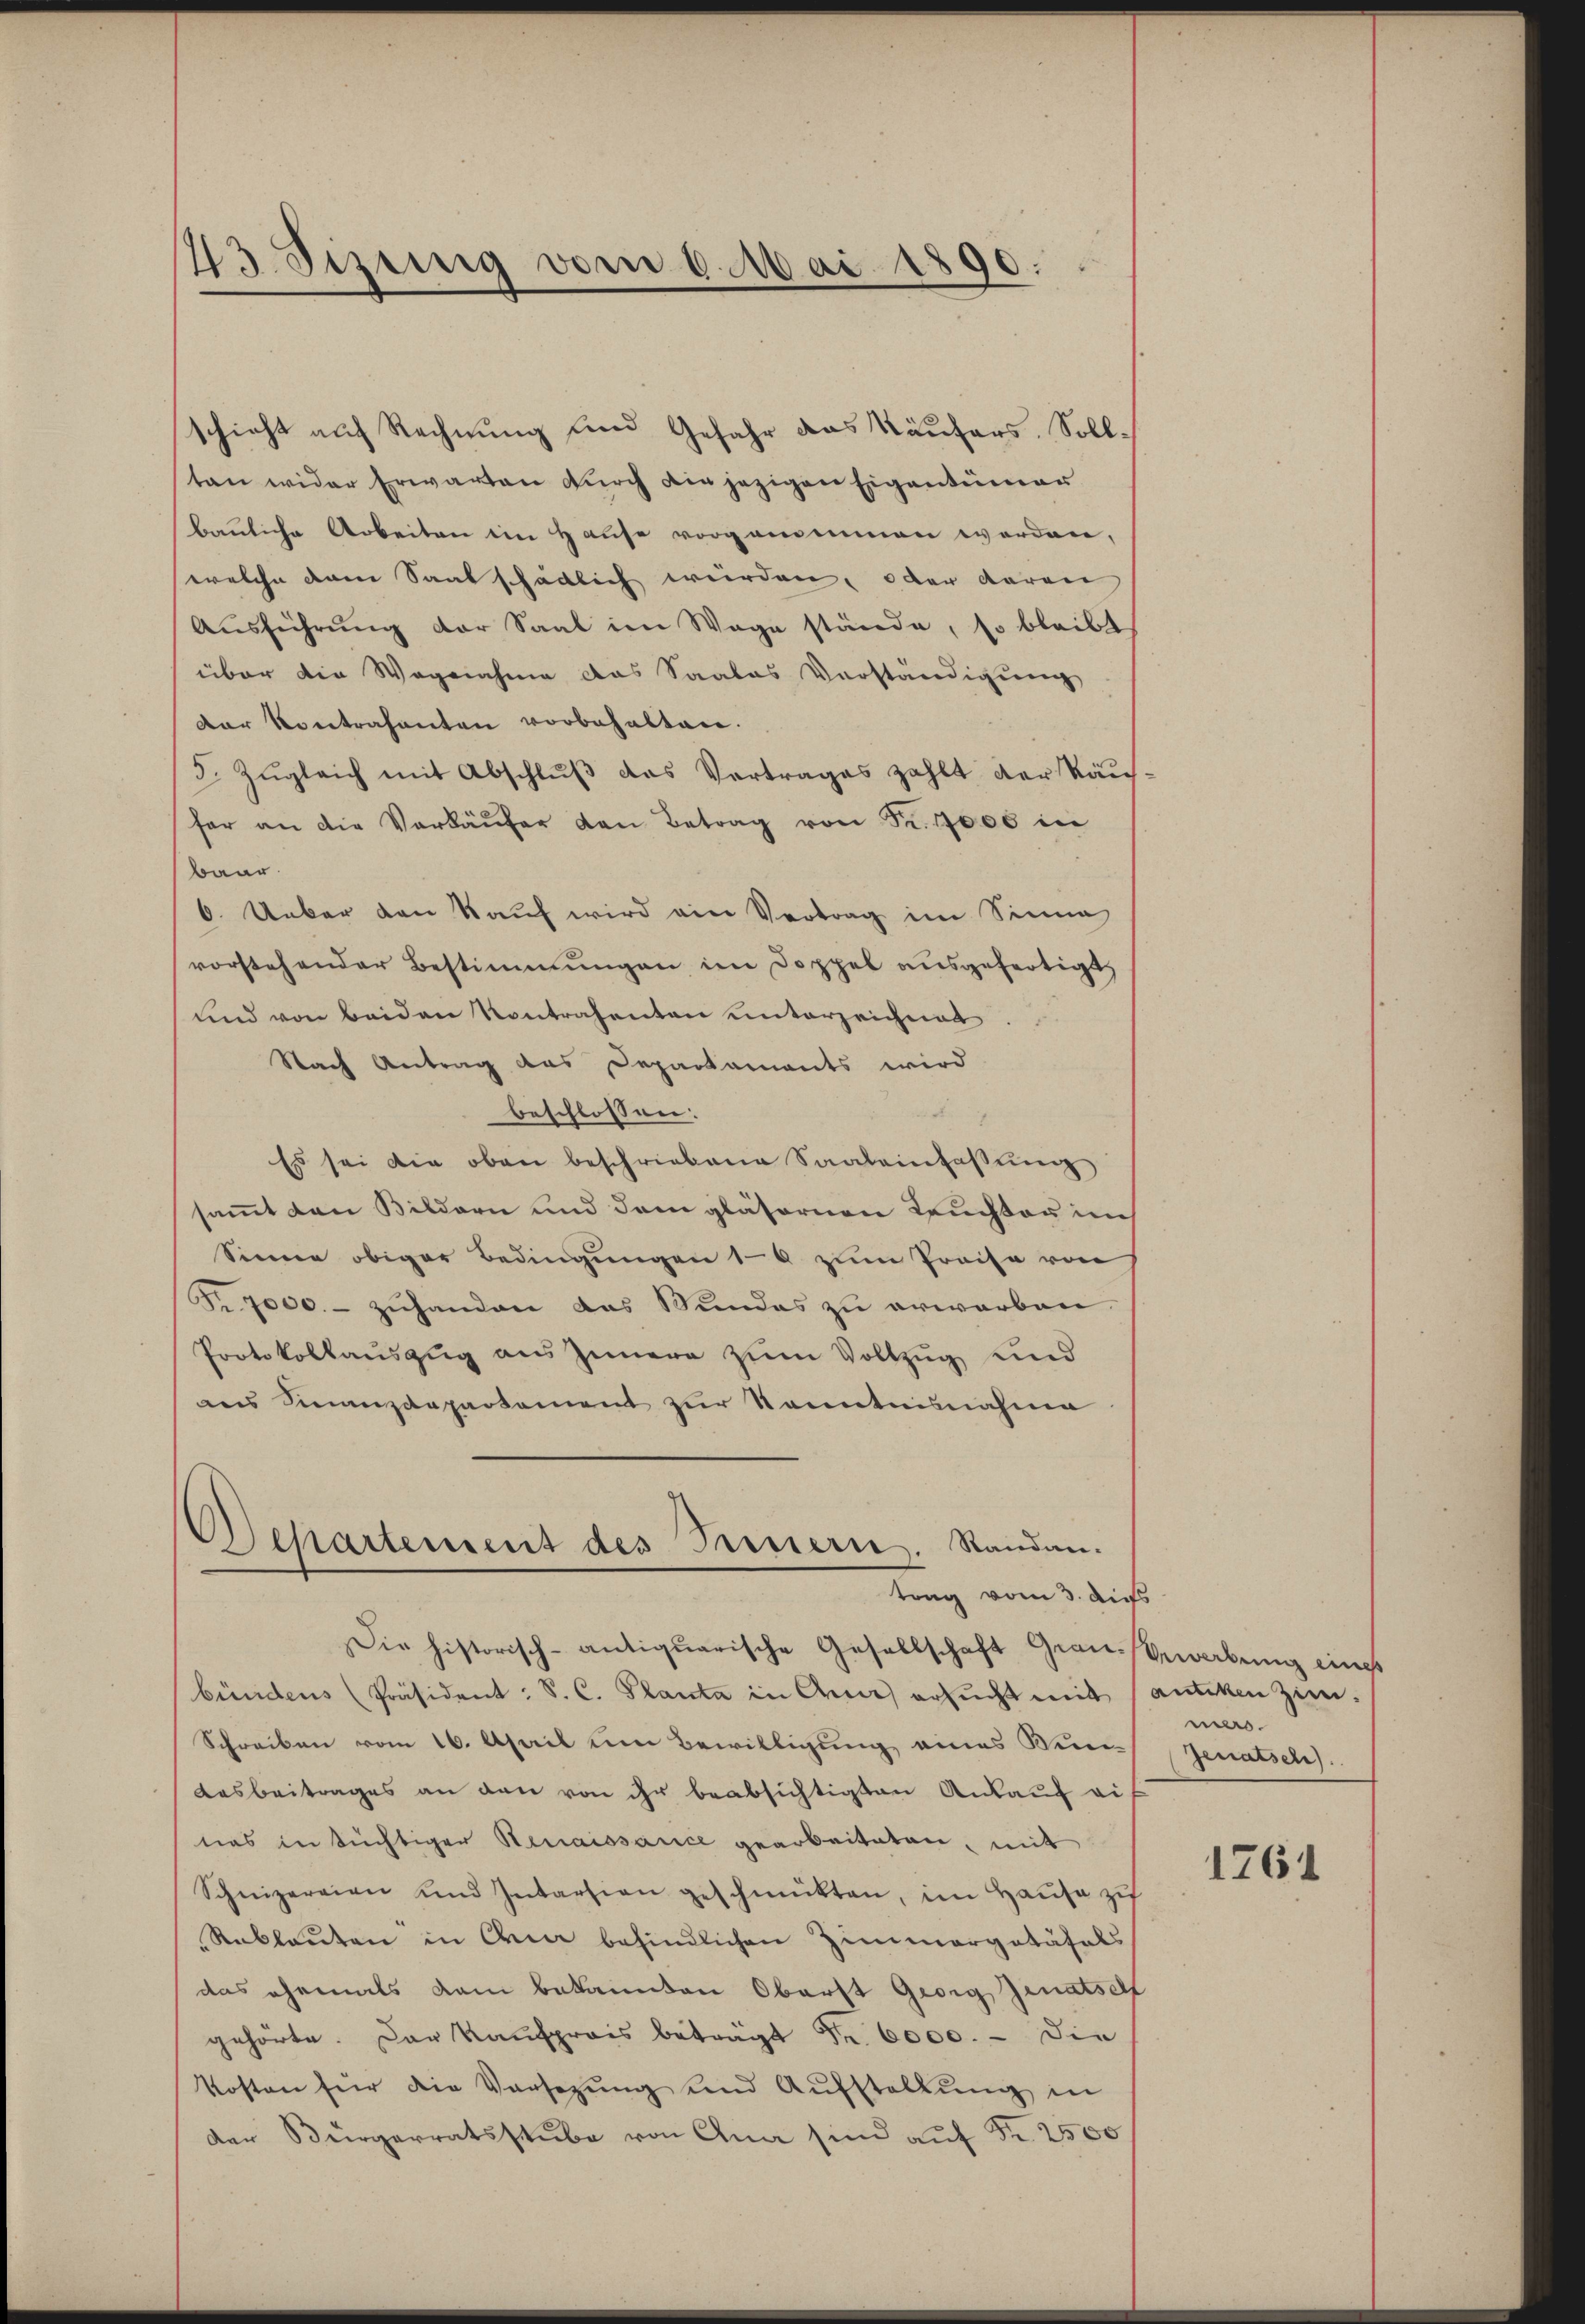
23. Sizung vom 6. Mai 1890.

schieht auf Rechnung und Gefahr das Käufers. Solltan wider Erwarten durch die jezigen Eigentümer
bauliche Arbeiten im Hause vorgenommen werden,
welche dem Saat schädlich würden, oder daran
Ausführung der Saal im Wage stände, so bleibt
über die Wegnahme das Saales Vorständigung
der Kontrafanten vorbehalten.
3. Zugleich mit Abschluß das Vertrages zahlt der Räusfer an die Verkäŭfer den Betrag von Fr. 1000 in
baar
6. Ueber den Kauf wird ein Vertrag im Sinne
vorstehender Bestimmungen im Doppel ausgefertigt,
und von beiden Kontrahenten unterzeichnet
Nach Antrag das Departaments wird
beschlossen:
Es sei die oben beschriebene Saaleinfassŭng
sammt den Bildern und dem gläsernen Leuchter im
Sinnen obiger Bedingungen 10 zum Preise von
Fr. 7000.- zuhanden das Wundes zu erwarben.
Protokollauszug aus Innern zum Vollzug und
ans Sinanzdepartement zŭr Kenntnisnahme
Separtement des Innern. Standantrag vom 3. dies
Die historisch-antiquarische Gesellschaft Graubewerbung eing
bündens (Präsident: S. C. Planta in Aus ersŭcht mit antiken Zim-
Schreiben vom 16. April um Bewilligung eines Win¬
Aasbeitrages an den von ihr beabsichtigten Ankauf auf
tas in tüchtiger Renaissance gearbeiteten, mit
Schnizerrien und Intarsion geschmückten, im Hause zu
Reblauten in Wie befindlichen Zimmergetäfels
das ehemals kam bekannten Oberst Georg Jenatsch
gehörte. Der Kaufpreis beträgt Fr. 6000. - Die
kosten für die Vorsetzŭng und Aŭfstellŭng in
der Bürgerratsstube von Gna sind auf Fr. 2500

mers.
Jenatsch.

1761